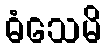
ဓံသေမိ